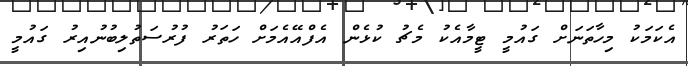
އެކަމަކު މިހާތަނަށް ގައުމީ ޓީމާއެކު މެޗު ކުޅެން އެފްއޭއެމަށް ހަތަރު ފުރުސަތުލިބުނުއިރު ގައުމީ